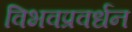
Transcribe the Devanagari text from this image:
विभवप्रवर्धन